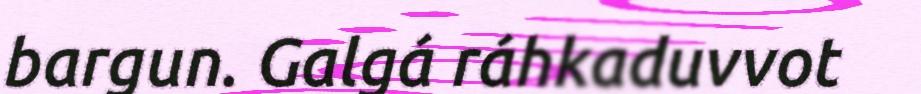
bargun. Galgá ráhkaduvvot